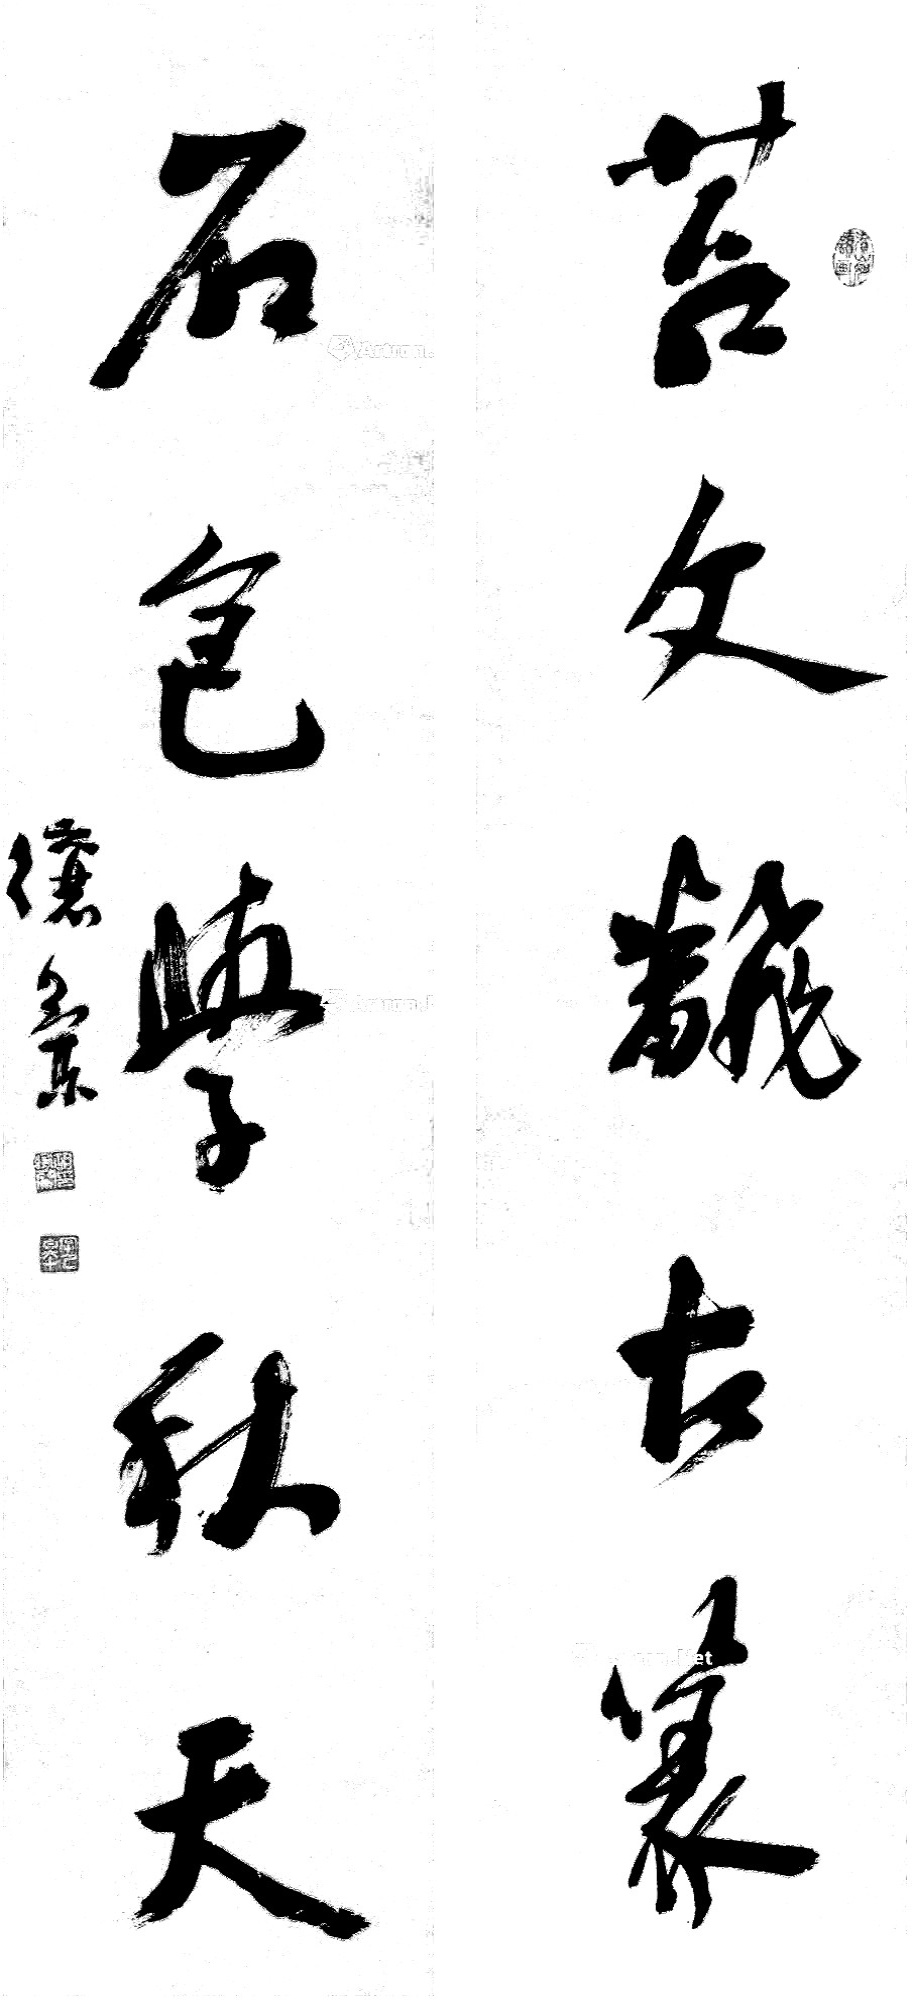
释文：苔文翻古篆，石色学秋天。𬙋兰。